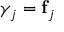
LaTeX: \gamma _ { j } = \mathbf { f } _ { j }